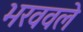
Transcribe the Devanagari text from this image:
भरववले